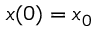
x ( 0 ) = x _ { 0 }